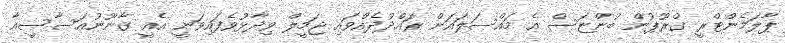
ޕާލަމެންޓްރީ ގްރޫޕުން ބުންޏަސް އެ މައްސަލައަށް ރައްދުދެއްވައި ޖަމީލް ވިދާޅުވެފައިވަނީ އެއީ ގާނޫނުއަސާސީއާ